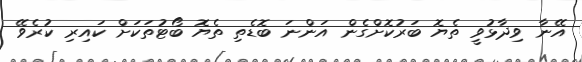
އޭނާ ވިދާޅުވީ ތެޔޮ ބަރުކޮށްގެން އަންނަ ބޮޑެތި ތެޔޮ ބޯޓުތަކަށް ކައިރި ކުރެވޭ